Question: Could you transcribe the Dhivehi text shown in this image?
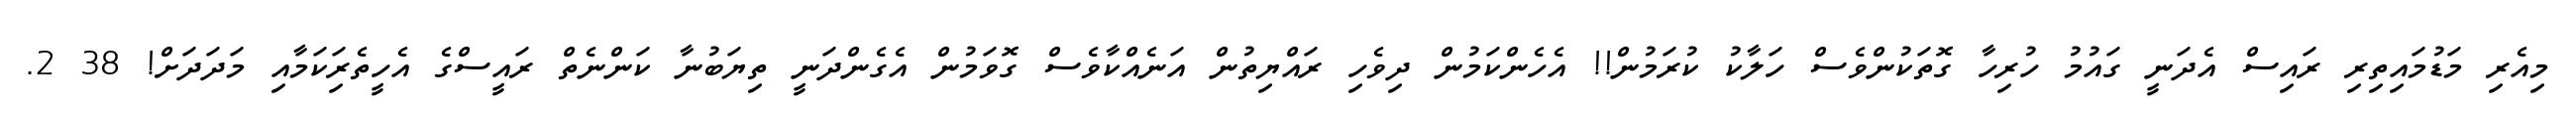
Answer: މިއެރި މަޑުމައިތިރި ރައިސް އެދަނީ ގައުމު ހުރިހާ ގޮތަކުންވެސް ހަލާކު ކުރަމުން!! އެހެންކަމުން ދިވެހި ރައްޔިތުން އަނެއްކާވެސް ގޮވަމުން އެގެންދަނީ ތިޔަބުނާ ކަންނެތް ރައީސްގެ އެހީތެރިަކަމާއި މަދަދަށް! 38 2.